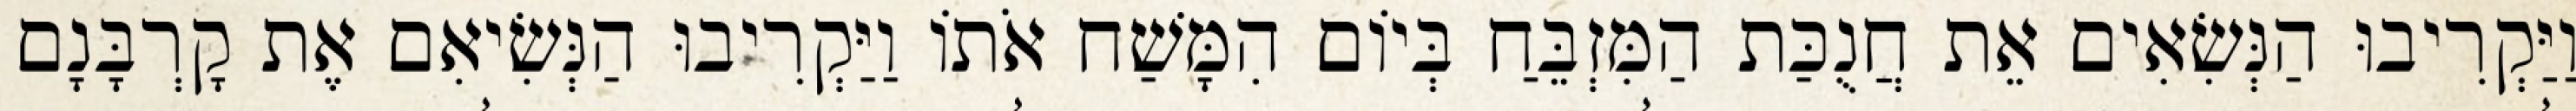
וַיַּקְרִיבוּ הַנְּשִׂאִים אֵת חֲנֻכַּת הַמִּזְבֵּחַ בְּיוֹם הִמָּשַׁח אֹתוֹ וַיַּקְרִיבוּ הַנְּשִׂיאִם אֶת קָרְבָּנָם